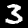
Label: 3